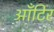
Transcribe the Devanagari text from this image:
आँटिर